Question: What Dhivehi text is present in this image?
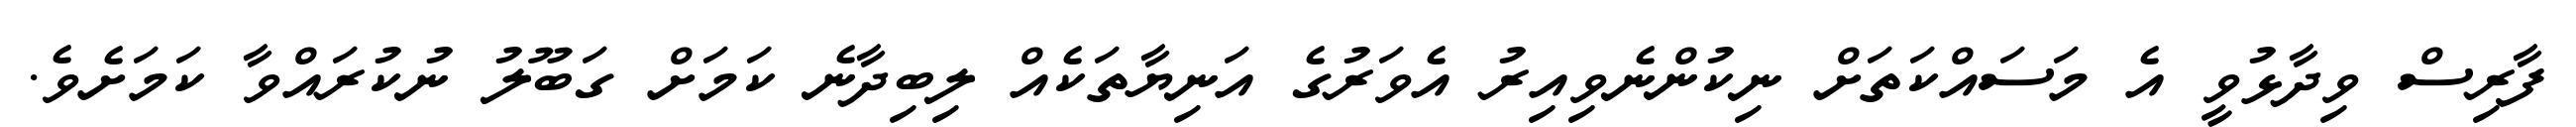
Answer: ފާރިސް ވިދާޅުވީ އެ މަސައްކަތަށް ނިކުންނެވިއިރު އެވަރުގެ އަނިޔާތަކެއް ލިބިދާނެ ކަމަށް ގަބޫލު ނުކުރައްވާ ކަމަށެވެ.